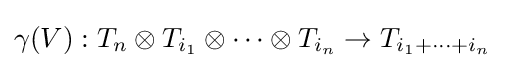
\gamma (V):T_{n}\otimes T_{i_{1}}\otimes \cdots \otimes T_{i_{n}}\to T_{i_{1}+\dots +i_{n}}